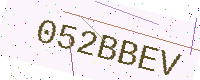
Text: 052BBEV